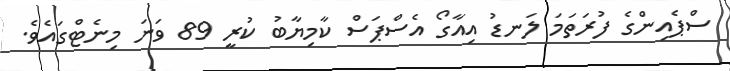
ސްޕެއިންގެ ފުރަތަމަ ލަނޑު އިއާގޯ އެސްޕަސް ކާމިޔާބު ކުރީ 89 ވަނަ މިނެޓްގައެވެ.